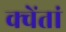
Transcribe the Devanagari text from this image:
क्वेंतां